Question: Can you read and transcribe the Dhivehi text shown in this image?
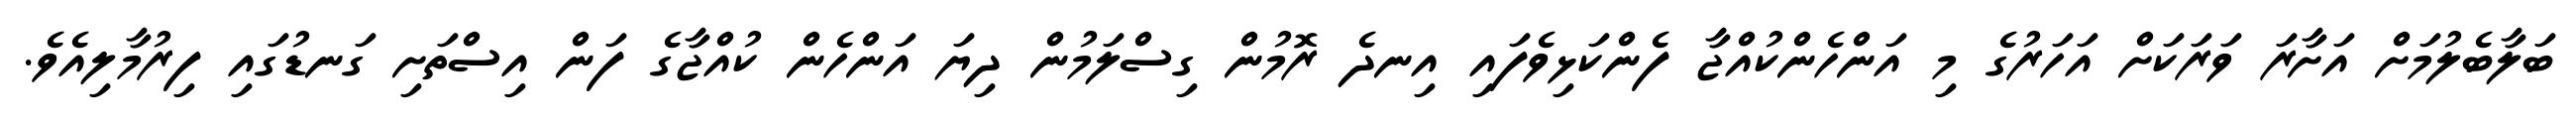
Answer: ބަލާބެލުމަށް އަށާރަ ވަރަކަށް އަހަރުގެ މި އަންހެންކުއްޖާ ފެންކަޅިވެފައި އިނދެ ރޮމުން ގިސްލަމުން ދިޔަ އަންހެން ކުއްޖާގެ ފަން އިސްތަށި ގަނޑުގައި ފިރުމާލިއެވެ.